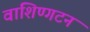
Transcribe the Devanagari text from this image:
वाशिण्गटन